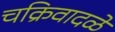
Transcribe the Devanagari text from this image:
चक्रिवादळे